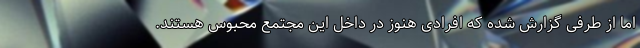
اما از طرفی گزارش شده که افرادی هنوز در داخل این مجتمع محبوس هستند.